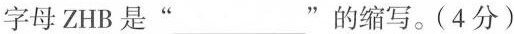
字母ZHB是”___”的缩写。(4分)